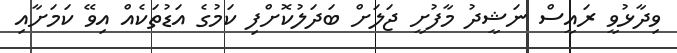
ވިދާޅުވީ ރައީސް ނަޝީދު މާފުށީ ޖަލަށް ބަދަލުކޮށްފި ކަމުގެ އަޑުތަކެއް އިވޭ ކަމަށާއި